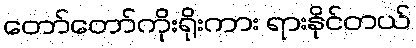
တော်တော်ကိုးရိုးကား ရားနိုင်တယ်